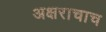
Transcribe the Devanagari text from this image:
अक्षराचाच